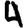
Digit: 4